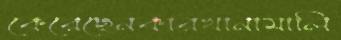
কেরেছেনকারখানামালি